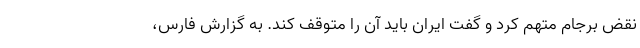
نقض برجام متهم کرد و گفت ایران باید آن را متوقف کند. به گزارش فارس،